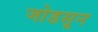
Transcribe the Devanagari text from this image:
जोडसून